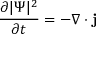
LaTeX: { \frac { \partial | \Psi | ^ { 2 } } { \partial t } } = - \nabla \cdot \mathbf { j }